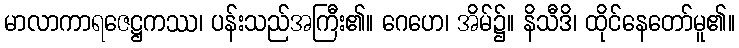
မာလာကာရဇေဋ္ဌကဿ၊ ပန်းသည်အကြီး၏။ ဂေဟေ၊ အိမ်၌။ နိသီဒိ၊ ထိုင်နေတော်မူ၏။